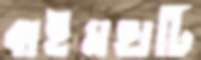
বাইমহাটি